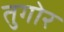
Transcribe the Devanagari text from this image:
तुगोर